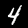
Label: 4